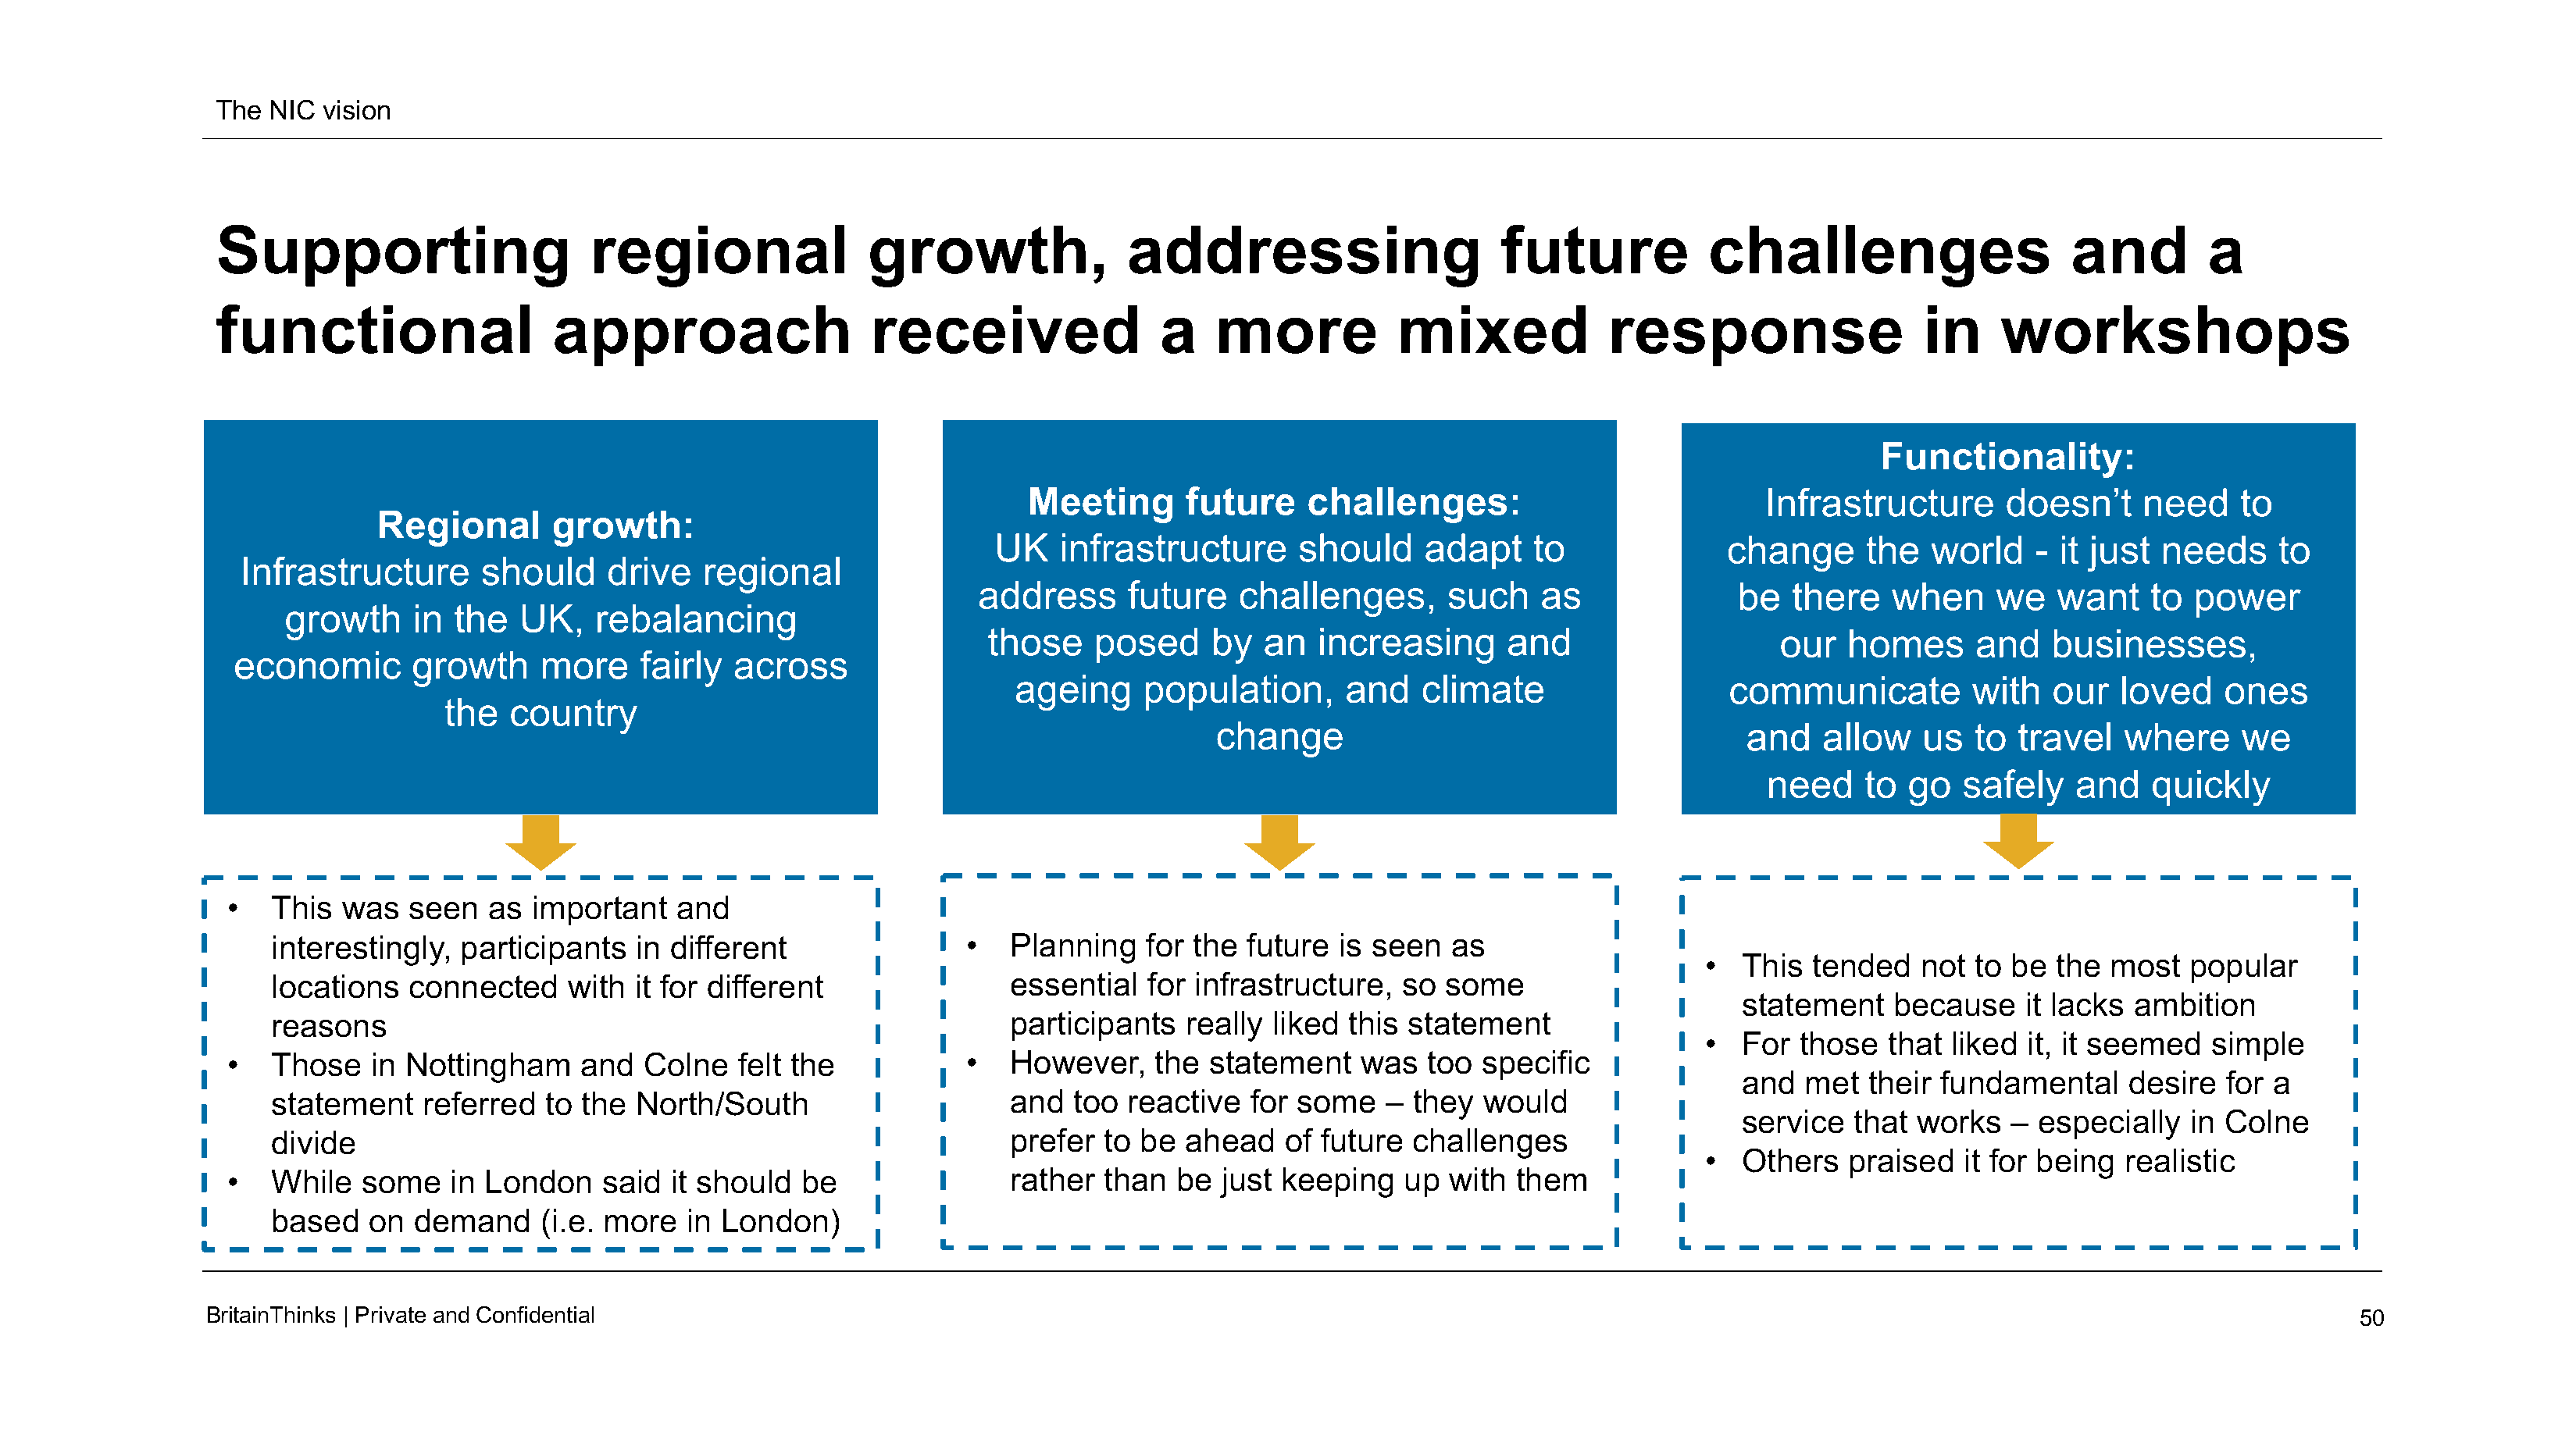
The  NIC vision
 Supporting                      regional                growth,               addressing                     future            challenges                     and        a
 functional                   approach                   received                a    more           mixed             response                   in     workshops
 Functionality:
 Meeting      future     challenges:                            Infrastructure      doesn’t     need    to
 Regional       growth:
 UK    infrastructure      should     adapt    to              change      the   world    - it just needs     to
 Infrastructure       should    drive    regional
 address      future   challenges,       such    as              be   there   when     we   want    to  power
 growth     in the   UK,   rebalancing
 those    posed     by  an   increasing      and                    our   homes     and    businesses,
 economic       growth     more    fairly  across
 ageing     population,      and   climate                    communicate         with   our   loved    ones
 the  country
 change                                       and   allow    us  to  travel   where     we
 need    to  go  safely    and   quickly
 •   This  was   seen  as  important   and
 interestingly,  participants   in different                •   Planning   for the  future is seen   as
 •  This  tended   not to be  the  most   popular
 locations   connected    with  it for different                essential  for infrastructure,   so some
 statement   because     it lacks ambition
 reasons                                                        participants  really  liked this statement
 •  For  those  that liked  it, it seemed  simple
 •   Those   in Nottingham     and   Colne   felt the           •   However,    the statement    was   too  specific
 and  met  their fundamental     desire   for a
 statement    referred  to the  North/South                     and  too  reactive  for some   –  they  would
 service  that works   –  especially   in Colne
 divide                                                         prefer  to be ahead    of future  challenges
 •  Others   praised  it for being  realistic
 •   While   some   in London    said  it should  be                rather  than  be  just keeping   up  with them
 based   on  demand     (i.e. more  in London)
 BritainThinks | Private andConfidential                                                                                                                                                50